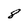
Character: 8